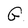
Character: G